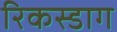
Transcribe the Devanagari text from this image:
रिकस्डाग